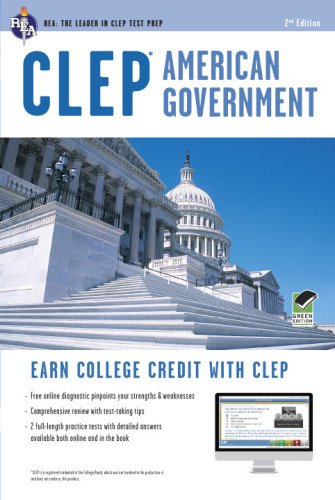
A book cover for CLEPÂ® American Government Book + Online (CLEP Test Preparation); Dr. Preston Jones Ph.D.; Test Preparation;